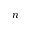
n